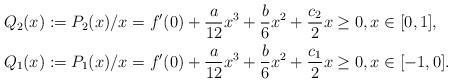
LaTeX: \begin{align*} Q_2(x):= P_2(x)/x & = f'(0) + \frac{a}{12} x^3 + \frac{b}{6} x^2 + \frac{c_2}{2} x \ge 0 , x\in [0,1], \\ Q_1(x) := P_1(x)/x & = f'(0) + \frac{a}{12} x^3 + \frac{b}{6} x^2 + \frac{c_1}{2} x \ge 0 , x\in [-1,0].\end{align*}